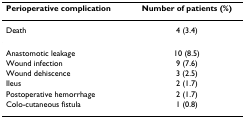
<table><thead><tr><td><b>Perioperative complication</b></td><td><b>Number of patients (%)</b></td></tr></thead><tbody><tr><td>Death</td><td>4 (3.4)</td></tr><tr><td>Anastomotic leakage</td><td>10 (8.5)</td></tr><tr><td>Wound infection</td><td>9 (7.6)</td></tr><tr><td>Wound dehiscence</td><td>3 (2.5)</td></tr><tr><td>Ileus</td><td>2 (1.7)</td></tr><tr><td>Postoperative hemorrhage</td><td>2 (1.7)</td></tr><tr><td>Colo-cutaneous fistula</td><td>1 (0.8)</td></tr></tbody></table>